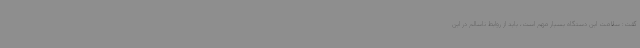
گفت: سلامت این دستگاه بسیار مهم است، باید از روابط ناسالم در این